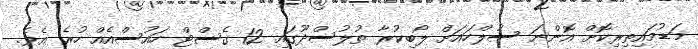
މަޑުމައިތިރިކޮށް އޮންނަ ސުލްހައަށް ލޯބިކުރާ ތުލުސްދޫގައި 12 ގެސްޓް ހައުސްއެއް ހުރެ އެވެ.